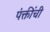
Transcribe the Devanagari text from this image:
पंक्तींची